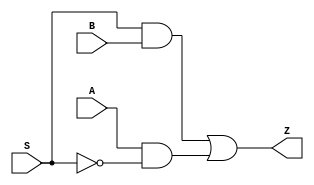
module MUX2_X1 (A, B, S, Z);
  input A;
  input B;
  input S;
  output Z;

  or(Z, i_12, i_13);
  and(i_12, S, B);
  and(i_13, A, i_14);
  not(i_14, S);


endmodule